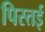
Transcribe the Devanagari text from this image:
पिस्तई